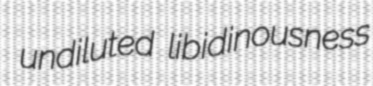
undiluted libidinousness